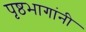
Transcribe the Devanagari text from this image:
पृष्ठभागांनी